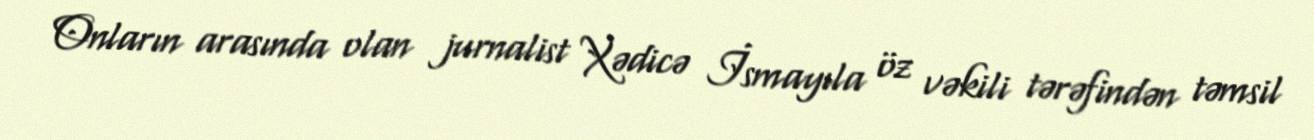
Onların arasında olan jurnalist Xədicə İsmayıla öz vəkili tərəfindən təmsil